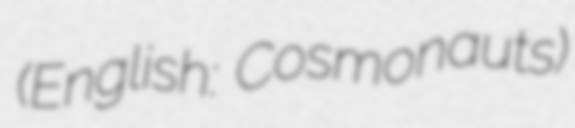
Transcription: (English: Cosmonauts)